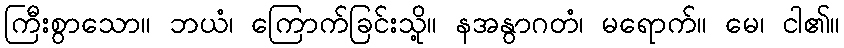
ကြီးစွာသော။ ဘယံ၊ ကြောက်ခြင်းသို့။ နအနွာဂတံ၊ မရောက်။ မေ၊ ငါ၏။